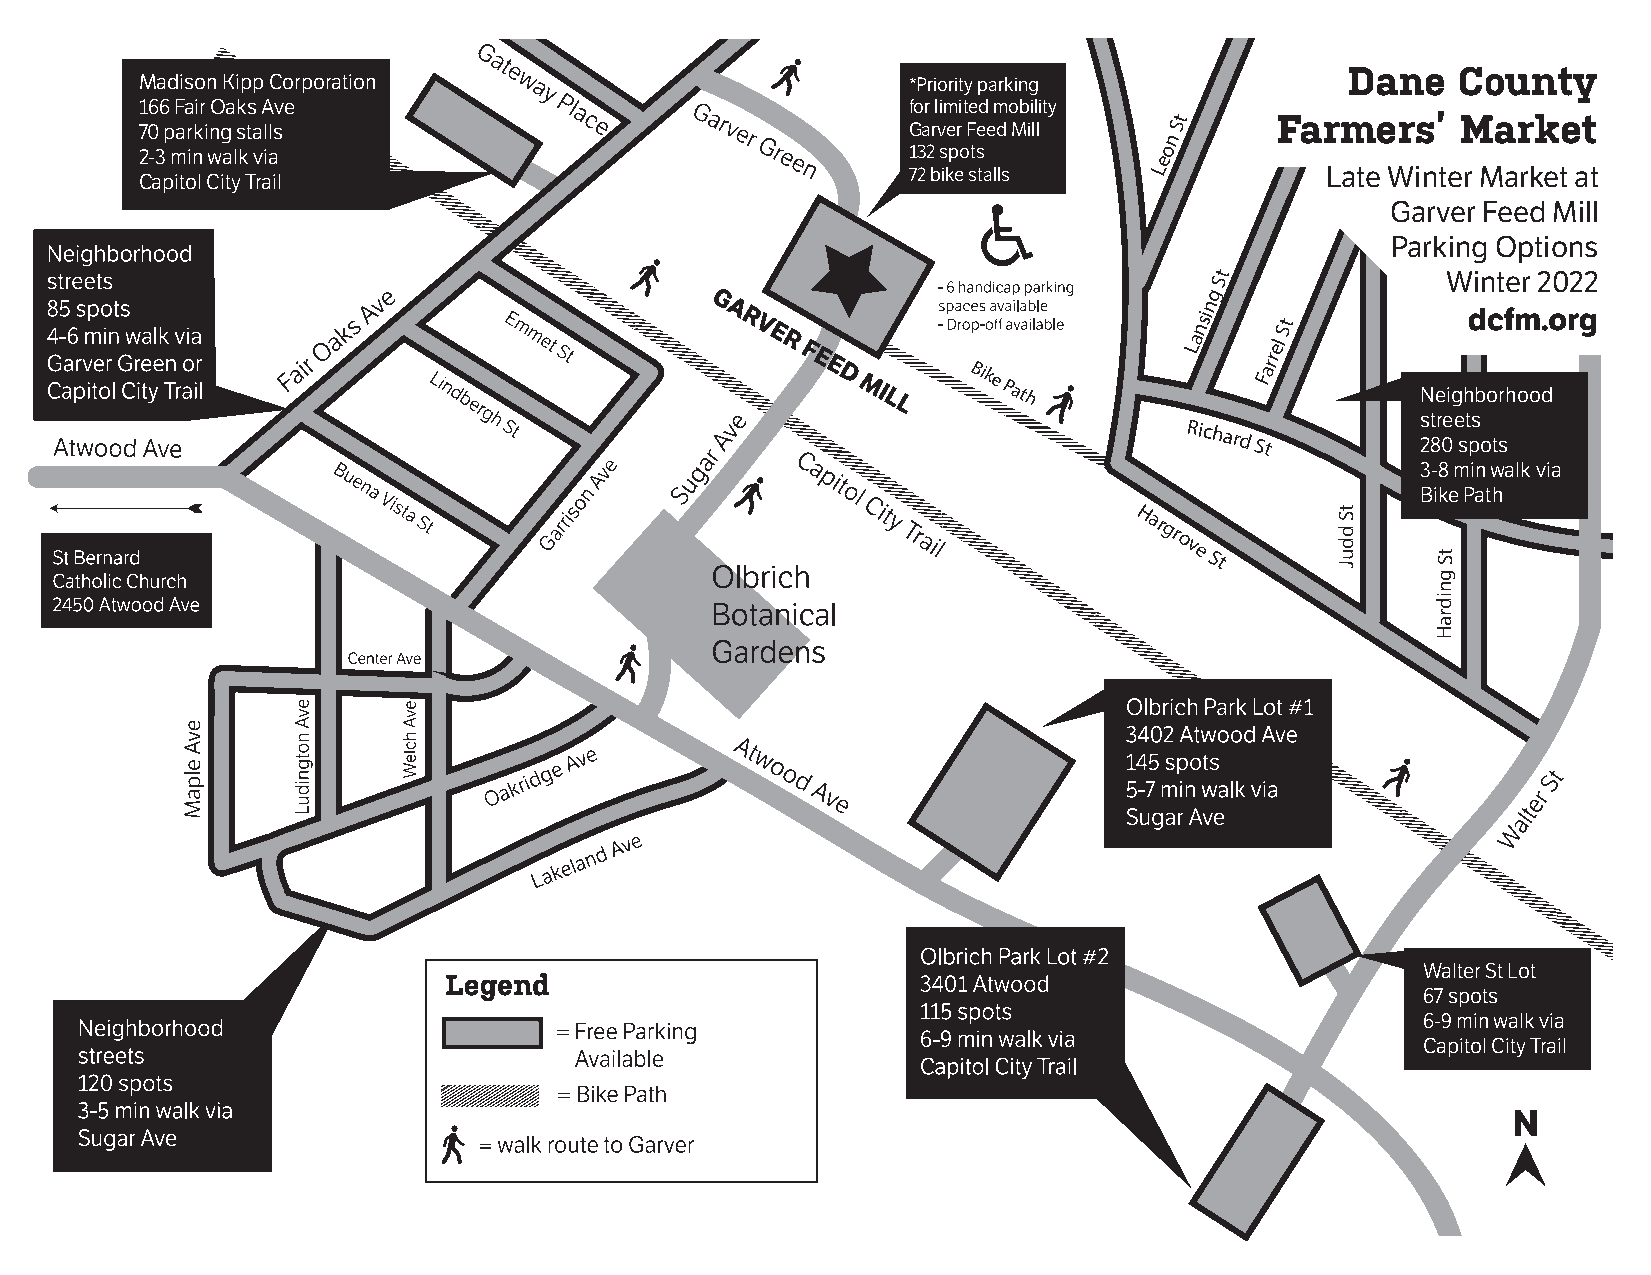
Madison Kipp Corporation                           *Priority parking
 166 Fair Oaks Ave                                  for limited mobility
 t
 70 parking stalls                                  Garver Feed Mill
 n
 S
 2-3 min walk via                                   132 spots        eo
 72 bike stalls  L           Late Winter Market at
 Capitol City Trail
 Garver Feed Mill
 Parking Options
 St              Winter 2022
 g
 n
 nsi
 St
 La    el
 r
 r
 Bike
 Path
 Fa
 Neighborhood
 streets
 Richard
 St         280 spots
 3-8 min walk via
 Bike Path
 Hargrove
 St
 Judd
 St
 g
 St
 n
 di
 r
 a
 H
 Walter St Lot
 67 spots
 6-9 min walk via
 Capitol City Trail